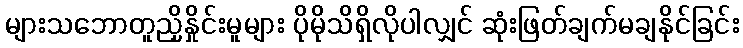
များသဘောတူညှိနှိုင်းမူများ ပိုမိုသိရှိလိုပါလျှင် ဆုံးဖြတ်ချက်မချနိုင်ခြင်း